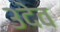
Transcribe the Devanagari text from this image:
३देव